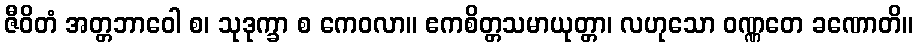
ဇီဝိတံ အတ္တဘာဝေါ စ၊ သုဒုက္ခာ စ ကေဝလာ။ ဧကစိတ္တသမာယုတ္တာ၊ လဟုသော ဝဏ္ဏတေ ခဏောတိ။